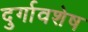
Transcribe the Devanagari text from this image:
दुर्गावशेष